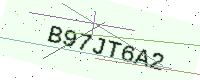
Text: B97JT6A2